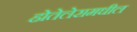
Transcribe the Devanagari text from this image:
होतेलेरामधील